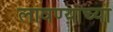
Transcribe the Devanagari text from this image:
लावण्‍याच्‍या